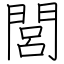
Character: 閭